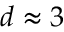
d \approx 3